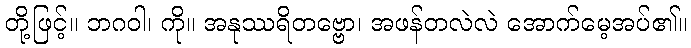
တို့ဖြင့်။ ဘဂဝါ၊ ကို။ အနုဿရိတဗ္ဗော၊ အဖန်တလဲလဲ အောက်မေ့အပ်၏။